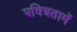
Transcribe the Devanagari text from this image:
पवित्रतामें